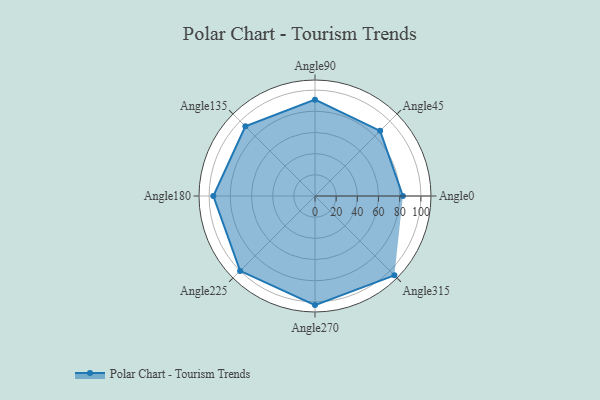
{"axis": {"x": "Angle", "y": "Radius"}, "legend": [""], "data": [{"x": "Angle0", "y": 83.0, "type": ""}, {"x": "Angle45", "y": 87.0, "type": ""}, {"x": "Angle90", "y": 91.0, "type": ""}, {"x": "Angle135", "y": 93.0, "type": ""}, {"x": "Angle180", "y": 96.0, "type": ""}, {"x": "Angle225", "y": 100.0, "type": ""}, {"x": "Angle270", "y": 103.0, "type": ""}, {"x": "Angle315", "y": 106.0, "type": ""}]}